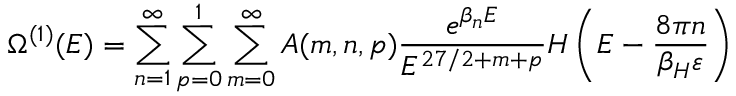
\Omega ^ { ( 1 ) } ( E ) = \sum _ { n = 1 } ^ { \infty } \sum _ { p = 0 } ^ { 1 } \sum _ { m = 0 } ^ { \infty } A ( m , n , p ) \frac { e ^ { \beta _ { n } E } } { E ^ { 2 7 / 2 + m + p } } { \cal H } \left( E - \frac { 8 \pi n } { \beta _ { H } \varepsilon } \right)